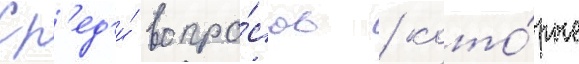
Ср'ед'и́ вопро́сов / кото́рые